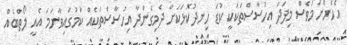
އެހެންނަމަވެސް މިފަދަ އިހުސާސްތަކަކީ ކުޑަ ހިނދުކޮޅަކަށް ދެމިގެންދާ އިހުސާސްތަކެއް ކަމުގައިވާނަމަ އެއީ ލޯތްބެއް